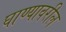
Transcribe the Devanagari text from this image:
घाण्यावरील